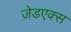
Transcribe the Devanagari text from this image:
ज़ेडएक्स